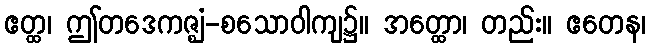
ဧတ္ထ၊ ဤတဒေကဇ္ဈံ-စသောဝါကျ၌။ အတ္ထော၊ တည်း။ ဧတေန၊